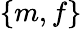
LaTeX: \{ m,f\}